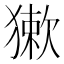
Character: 𤡃